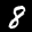
Label: 8